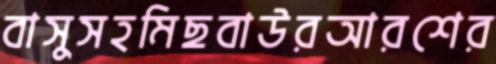
বাসুসহমিছবাউরআরশের